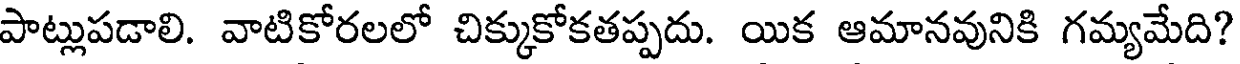
పాట్లుపడాలి. వాటికోరలలో చిక్కుకోకతప్పదు. యిక ఆమానవునికి గమ్యమేది?